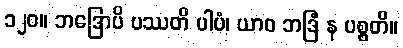
၁၂၀။ ဘဒြောပိ ပဿတိ ပါပံ၊ ယာဝ ဘဒြံ န ပစ္စတိ။